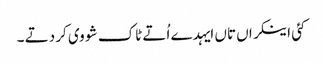
کئی اینکراں تاں ایہدے اُتے ٹاک شو وی کر دتے ۔